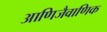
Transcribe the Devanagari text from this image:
आणिजैवाणिक